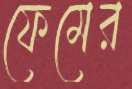
ফেমের